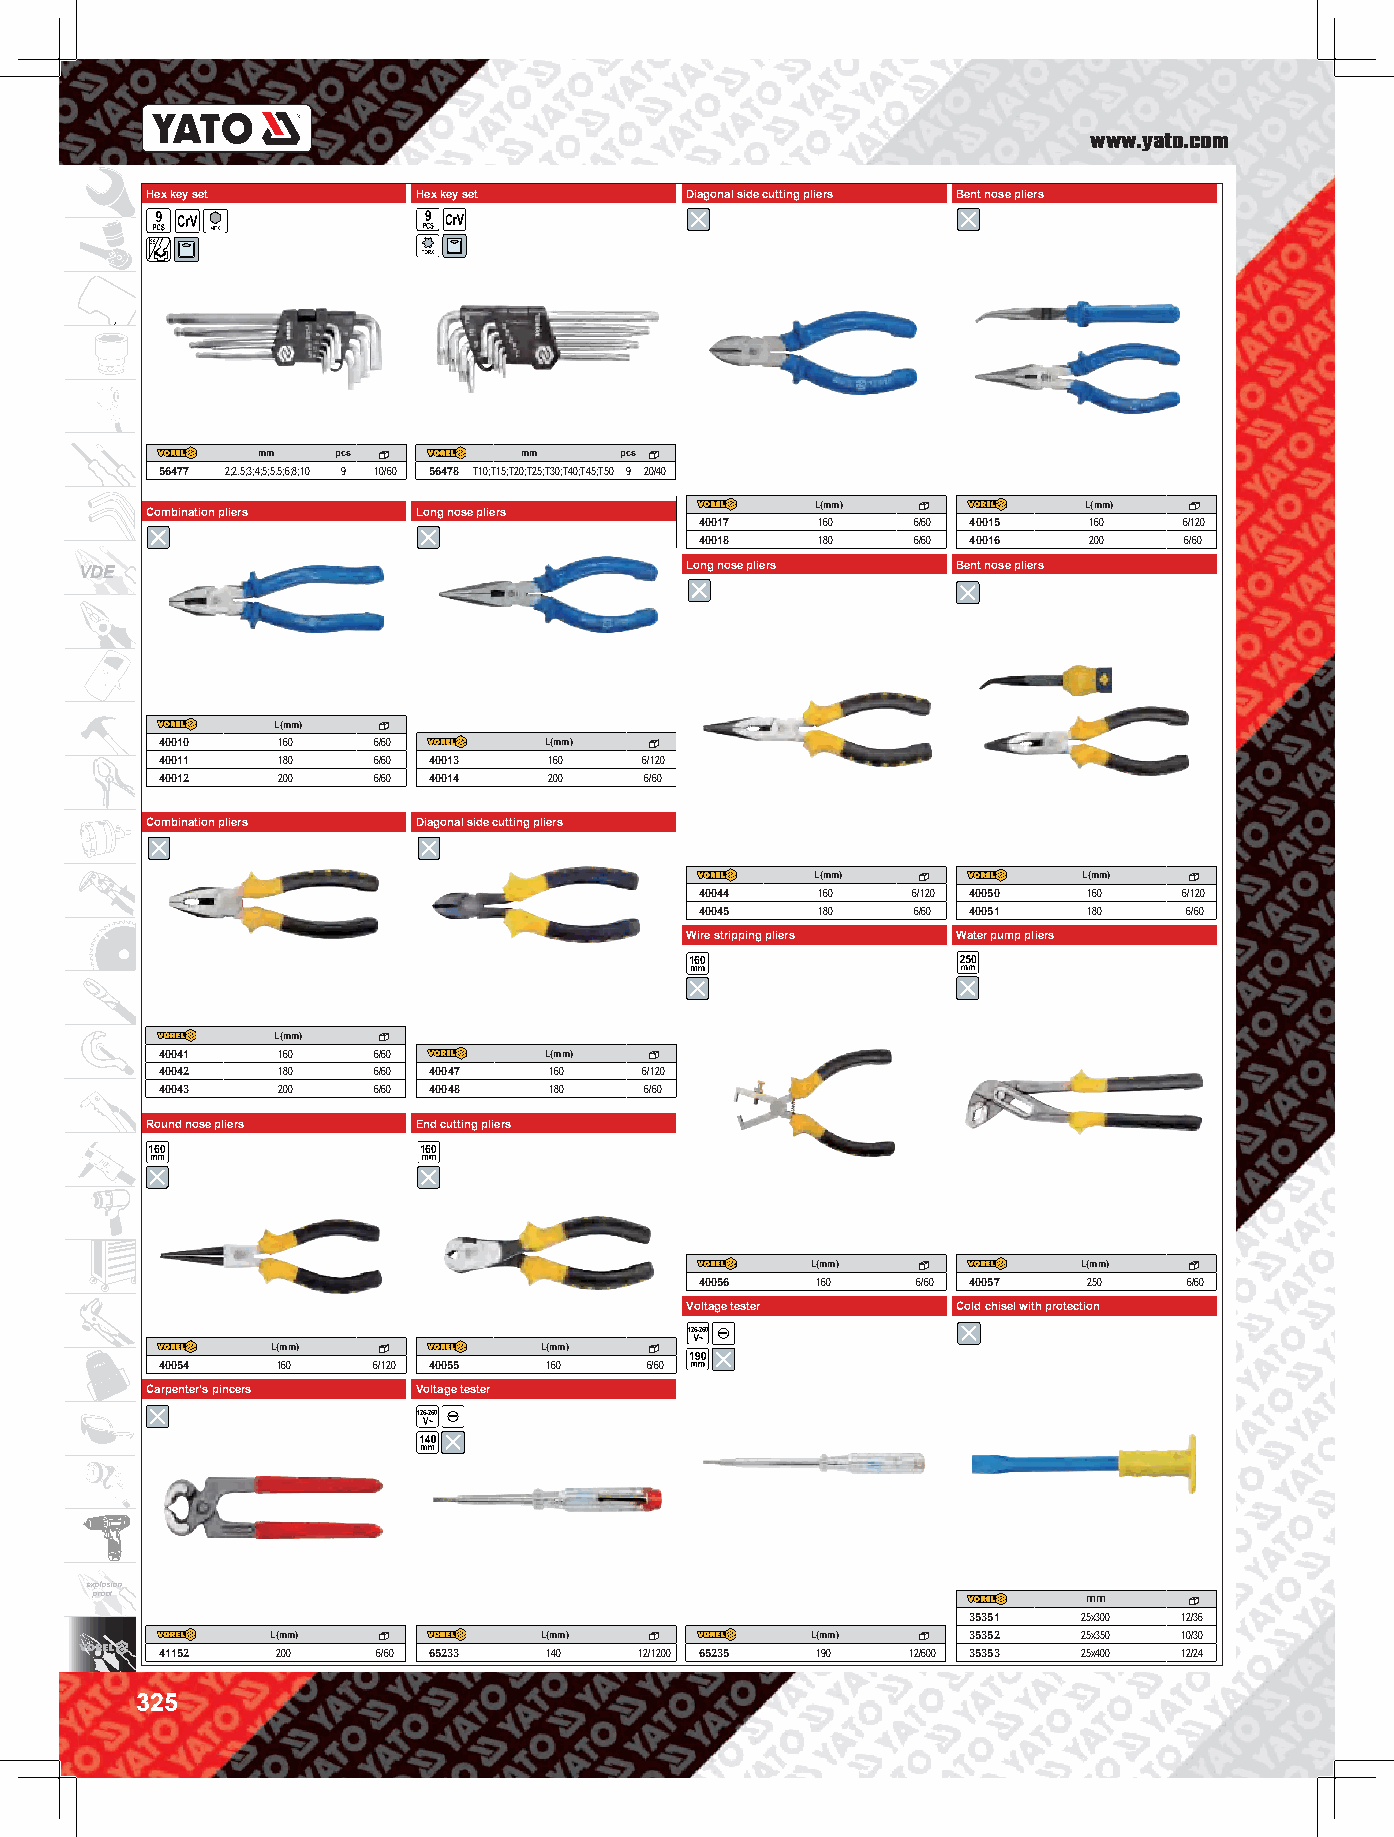
www.yato.com
 Hex key set       Hex key set      Diagonal side cutting pliers Bent nose pliers
 mm   pcs         mm     pcs
 56477 2;2.5;3;4;5;5.5;6;8;10 9 10/60 56478 T10;T15;T20;T25;T30;T40;T45;T50 9 20/40
 L(mm)             L(mm)
 Combination pliers Long nose pliers
 40017   160    6/60 40015 160   6/120
 40018   180    6/60 40016 200   6/60
 VDE                                     Long nose pliers  Bent nose pliers
 L(mm)
 40010  160    6/60       L(mm)
 40011  180    6/60 40013 160    6/120
 40012  200    6/60 40014 200    6/60
 Combination pliers Diagonal side cutting pliers
 L(mm)             L(mm)
 40044   160   6/120 40050 160   6/120
 14
 40045   180   6/60 40051  180    6/60
 Wire stripping pliers Water pump pliers
 160
 L(mm)
 40041  160    6/60       L(mm)
 40042  180    6/60 40047 160    6/120
 40043  200    6/60 40048 180    6/60
 Round nose pliers End cutting pliers
 160               160
 L(mm)             L(mm)
 40056   160    6/60 40057 250    6/60
 Voltage tester    Cold chisel with protection
 125-250
 L(mm)             L(mm)
 40054  160    6/120 40055 160   6/60
 Carpenter’s pincers Voltage tester
 125-250
 explosion
 proof                                                             mm
 35351   25x300 12/36
 L(mm)             L(mm)             L(mm)     35352   25x350 10/30
 41152  200    6/60 65233 140   12/1200 65235 190 12/600 35353 25x400 12/24
 325